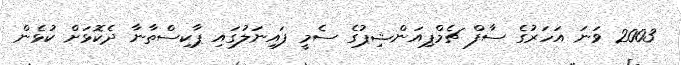
2003 ވަނަ އަހަރުގެ ސާފް ޗެމްޕިއަންޝިޕުގެ ސެމީ ފައިނަލުގައި ޕާކިސްތާނާ ދެކޮޅަށް ކުޅެން